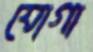
যোগা